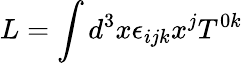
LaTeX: L=\int d^{3}x\epsilon_{ijk}x^{j}T^{0k}